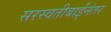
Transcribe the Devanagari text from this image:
सरस्वतीबाईंनंतर